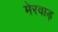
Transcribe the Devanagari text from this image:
मेरवाड़